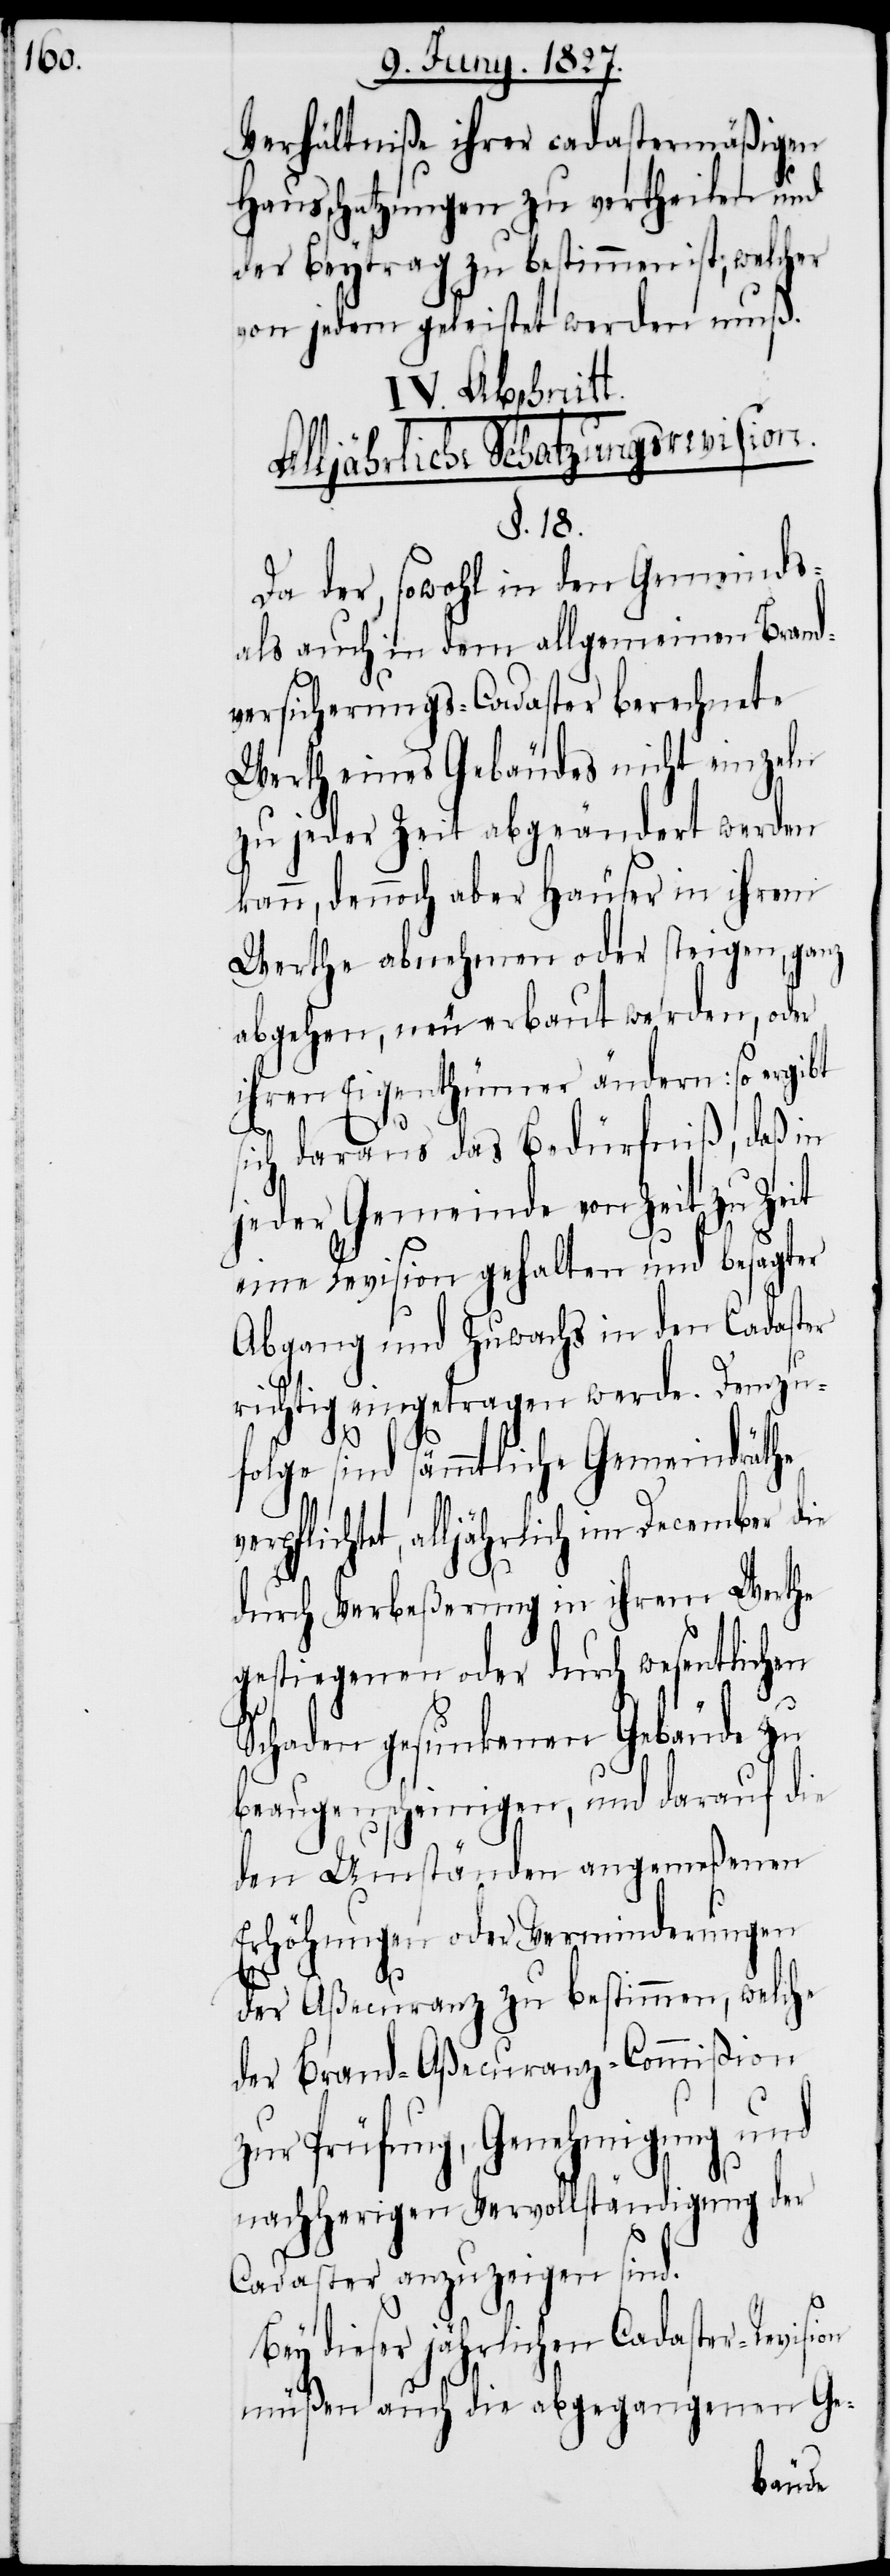
Verhältniße ihrer cadastermäßigen
Hausschatzungen zu vertheilen und
der Beytrag zu bestimmen ist; welcher
von jeden geleistet werden muß.
IV. Abschnitt.
Alljährliche Schatzungsrevision.
§. 18.
Da der, sowohl in den Gemeinds-
als auch in dem allgemeinen Brand¬
versicherungs-Cadaster berechnete
Werth eines Gebäudes nicht einzeln
zu jeder Zeit abgeändert werden
kann, dennoch aber Häuser in ihrem
Werthe abnehmen oder steigen, ganz
abgehen, neu erbaut werden, oder
ihren Eigenthümer ändern: so ergibt
sich daraus das Bedürfniß, daß in
jeder Gemeinde von Zeit zu Zeit
eine Revision gehalten und besagter
Abgang und Zuwachse in den Cadaster
richtig eingetragen werde. Demzu¬
folge sind sämmtliche Gemeindräthe
verpflichtet, alljährlich im December die
durch Verbeßerung in ihrem Werthe
gestiegenen oder durch wesentlichen
Schaden gesunkenen Gebäude zu
beaugenscheinigen, und darauf die
den Umständen angemeßeenen
Erhöhungen oder Verminderungen
der Aßecuranz zu bestimmen, welche
der Brand-Aßecuranz-Commißion
zur Prüfung, Genehmigung und
nachherigen Vervollständigung der
Cadaster anzuzeigen sind.
Bey dieser jährlichen Cadaster-Revision
müßen auch die abgegangenen Ge-